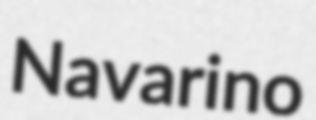
Navarino